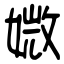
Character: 媺